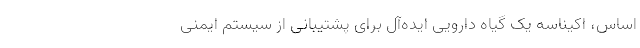
اساس، اکیناسه یک گیاه دارویی ایده‌آل برای پشتیبانی از سیستم ایمنی